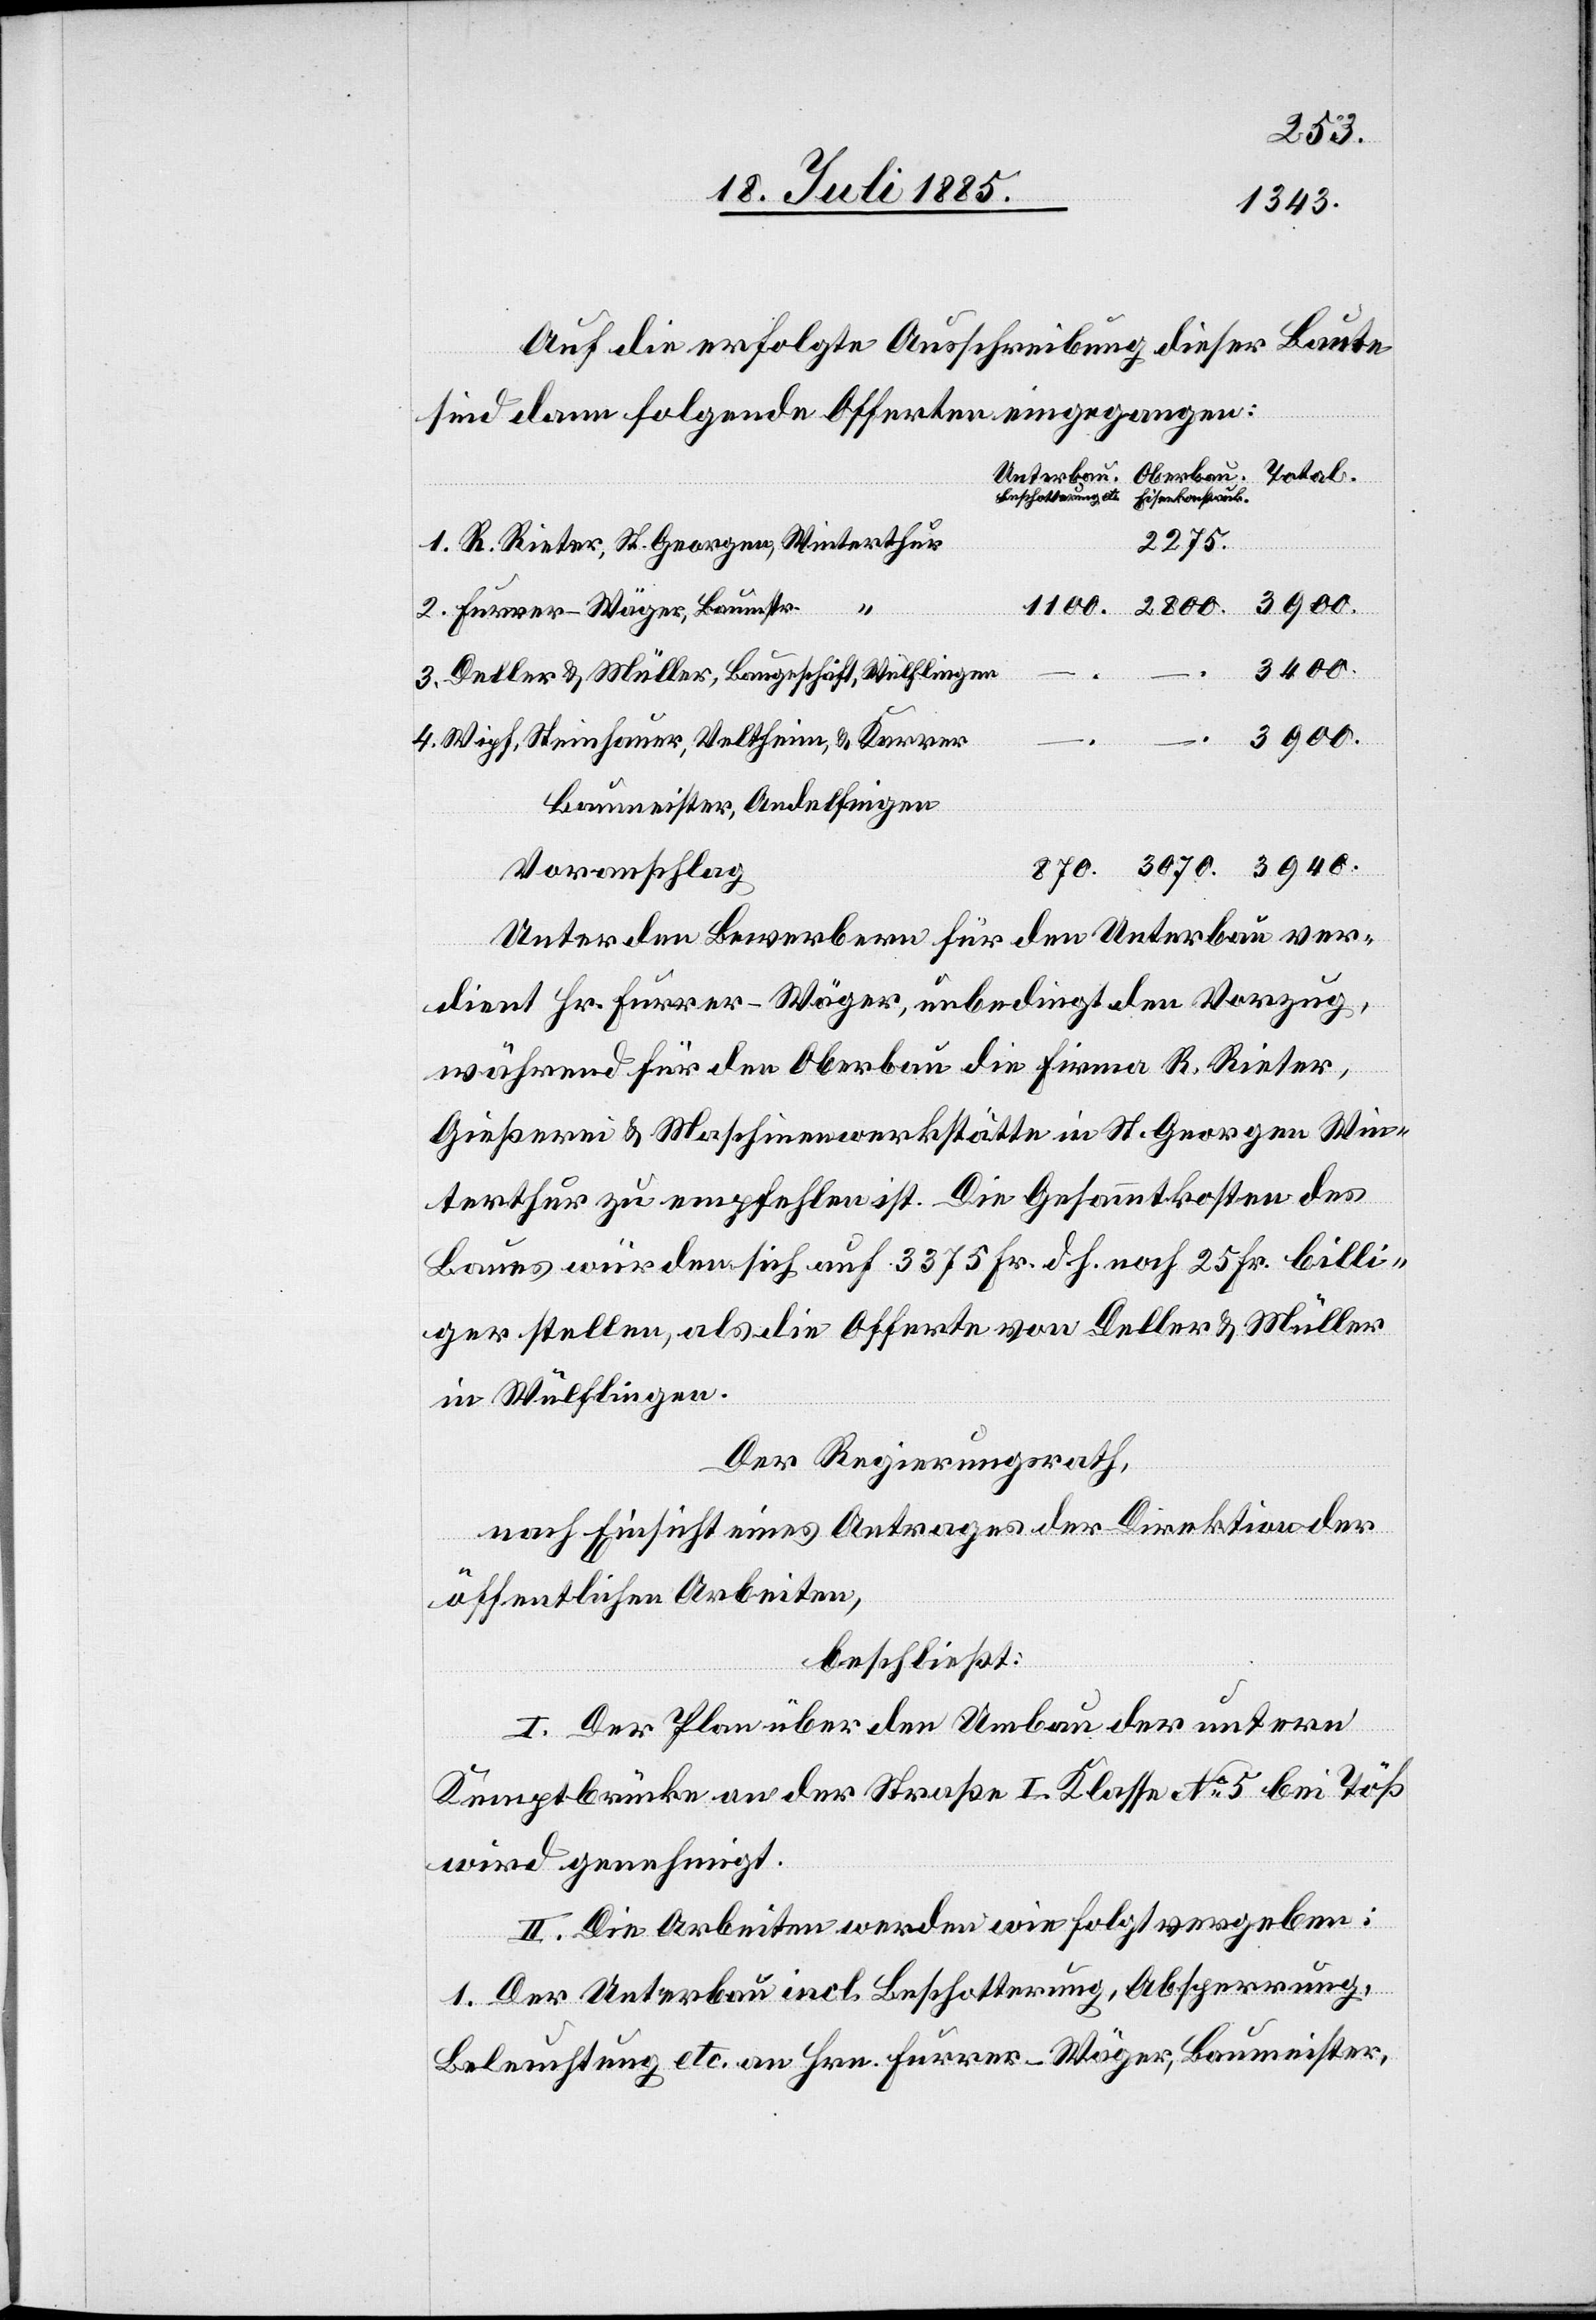
3070.
Auf die erfolgte Ausschreibung dieser Baute
sind dann folgende Offerten eingegangen:
Unterbau.
Beschotterung etc.
Eisenkonstrukti¬
2275.
3940.
1100.
2800.
Furrer-Wäger, Baumstr.
3400.
4.
Deller & Müller, Baugeschäft, Wülflingen
–.
–.
3900.
Wipf, Steinhauer, Veltheim, & Karrer
Baumeister, Andelfingen
Voranschlag
Unter den Bewerbern für den Unterbau ver¬
dient Hr. Furrer-Wäger, unbedingt den Vorzug,
während für den Oberbau die Firma R. Rieter,
Gießerei & Maschinenwerkstätte in St. Georgen Win¬
terthur zu empfehlen ist. Die Gesammtkosten des
Baues würden sich auf 3375 Fr. d. h. noch 25 Fr. billi¬
ger stellen, als die Offerte von Deller & Müller
in Wülflingen.
Der Regierungsrath,
nach Einsicht eines Antrages der Direktion der
öffentlichen Arbeiten,
beschließt:
I. Der Plan über den Umbau der untern
Kemptbrücke an der Straße I. Klasse No 5 bei Töß
wird genehmigt.
II. Die Arbeiten werden wie folgt vergeben:
1. Der Unterbau incl. Beschotterung, Absperrung,
Beleuchtung etc. an Hrn. Furrer-Wäger, Baumeister,